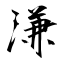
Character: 溓